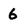
Character: 6